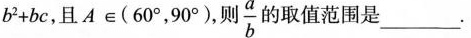
b^2 + bc$$，且$$Aε(60°，90°)$$，则 $$\frac{a}{b}$$ 的取值范围是___.